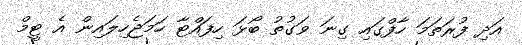
އަދި ފުރަތަމަ ހާފްގައި ގިނަ ވަގުތު ބޯޅަ ހިފައްޓާ ހަމަޖެހިލައިން އެ ޓީމް